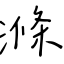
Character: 滌